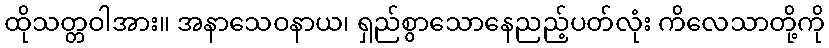
ထိုသတ္တဝါအား။ အနာသေဝနာယ၊ ရှည်စွာသောနေညည့်ပတ်လုံး ကိလေသာတို့ကို